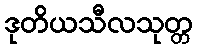
ဒုတိယသီလသုတ္တ